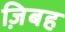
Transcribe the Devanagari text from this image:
ज़िबह